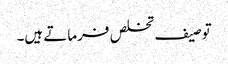
توصیف تخلص فرماتے ہیں۔